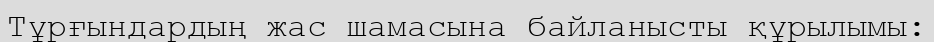
Тұрғындардың жас шамасына байланысты құрылымы: